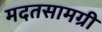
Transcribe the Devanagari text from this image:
मदतसामग्री